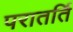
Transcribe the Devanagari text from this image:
परातर्ति